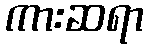
ကားဆရာ